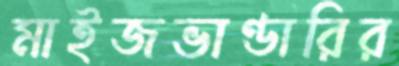
মাইজভাণ্ডারির